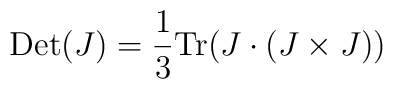
{\rm Det}(J)=\frac{1}{3}{\rm Tr}(J\cdot(J \times J))